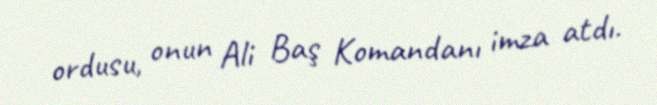
ordusu, onun Ali Baş Komandanı imza atdı.